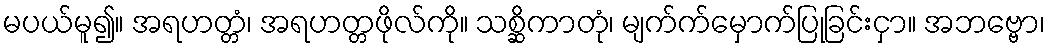
မပယ်မူ၍။ အရဟတ္တံ၊ အရဟတ္တဖိုလ်ကို။ သစ္ဆိကာတုံ၊ မျက်က်မှောက်ပြုခြင်းငှာ။ အဘဗ္ဗော၊